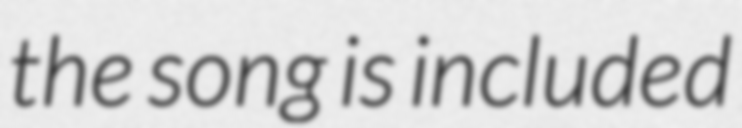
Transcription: the song is included